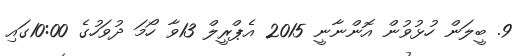
9. ބީލަން ހުޅުވުން އޮންނާނީ 2015 އެޕްރީލް 13ވާ ހޯމަ ދުވަހުގެ 10:00ގައި